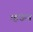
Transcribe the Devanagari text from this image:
म्हंऊन